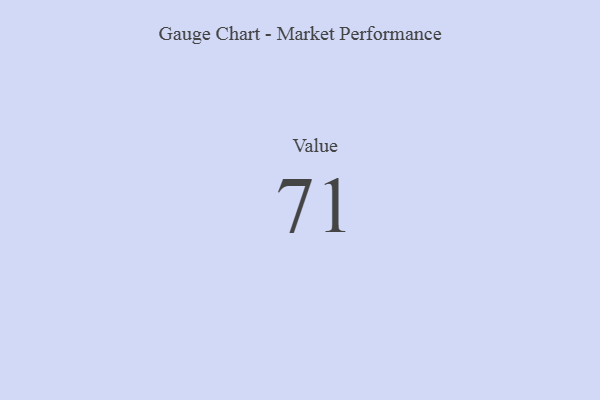
{"axis": {"x": "Metric", "y": "Value"}, "legend": [""], "data": [{"x": "Value", "y": 71, "type": ""}]}